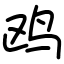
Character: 鸥